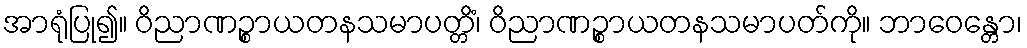
အာရုံပြု၍။ ဝိညာဏဉ္စာယတနသမာပတ္တိံ၊ ဝိညာဏဉ္စာယတနသမာပတ်ကို။ ဘာဝေန္တော၊